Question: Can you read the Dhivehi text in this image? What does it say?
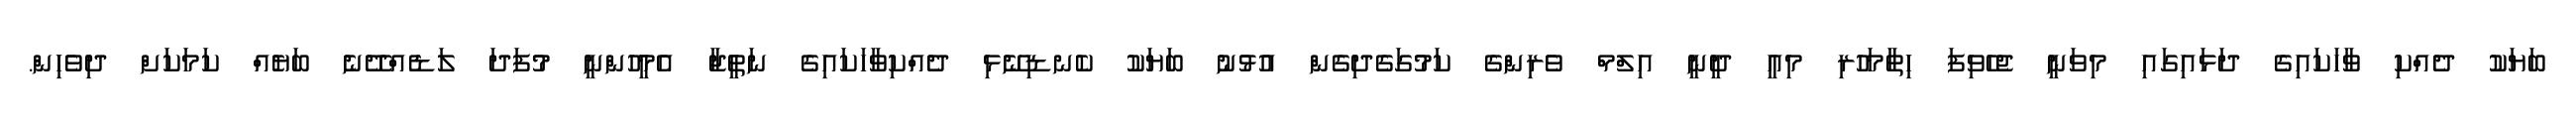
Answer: ބަޔަކު ދެއްކި ވާހަކައިގެ ދަޅައިގައި މިވަނީ ޖެހެވިފަ ހިތާމަހުރި މިއީ ދީނީ އިލްމް ވެރިންގެ ކަމުގަގެދިގެން އުޅުނު ބަޔަކު ކެނޑިނޭޅި ދެއްކިވާހަކައިގެ ނަތީޖާ އެމީހުންނީ މުފަދަ ލަޑެއްދޭނެ ބަޔެއް ކަމަކަށް ދިވެހިން.